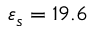
\varepsilon _ { s } = 1 9 . 6